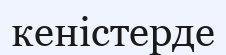
кеністерде